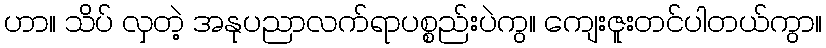
ဟာ။ သိပ် လှတဲ့ အနုပညာလက်ရာပစ္စည်းပဲကွ။ ကျေးဇူးတင်ပါတယ်ကွာ။